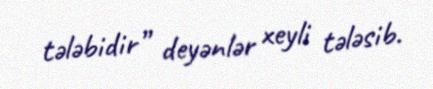
tələbidir” deyənlər xeyli tələsib.